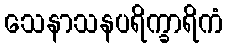
သေနာသနပရိက္ခာရိကံ